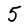
Character: 5